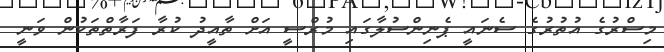
މިސްރުގެ އުތުރުގެ ސެނައީ ޕެނިންސުލާގައި މުރްސީ އަށް ތާއީދު ކުރާ ފަރާތްތަކުން ވަނީ